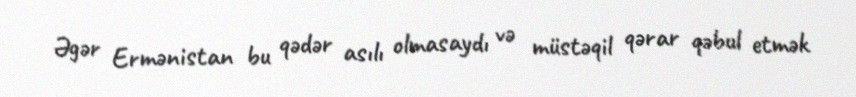
Əgər Ermənistan bu qədər asılı olmasaydı və müstəqil qərar qəbul etmək